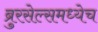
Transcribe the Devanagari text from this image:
ब्रुरसेल्समध्येच